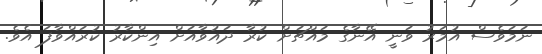
ނަމަވެސް އުމަރު ވަނީ އޭނާގެ މައްޗަށް ކުރާ ދައުވާއަށް އިންކާރު ކުރައްވާފަ އެވެ.